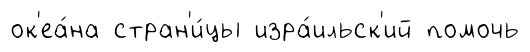
ок'еа́на стран'и́цы изра́ильск'ий помочь